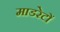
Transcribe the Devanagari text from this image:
माडरेटों